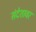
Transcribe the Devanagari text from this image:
संदेशावर